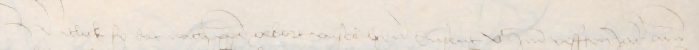
Witlick sy dat nach christi gebort vnse heren dusent vc ind vefften Jar ann